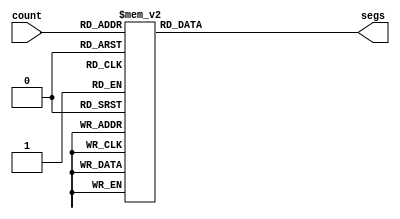
`default_nettype none
module seg10 (
    input wire [3:0] count,
    output reg [9:0] segs
);
	always @* begin

        case(count)
            0:  segs = 10'b1111111100;
            1:  segs = 10'b0011000000;
            2:  segs = 10'b1110111011;
            3:  segs = 10'b1111110011;
            4:  segs = 10'b0011000111;
            5:  segs = 10'b1101110111;
            6:  segs = 10'b0001111111;
            7:  segs = 10'b1111000000;
            8:  segs = 10'b1111111111;
            9:  segs = 10'b1111000111;
            10: segs = 10'b1111001111;
            11: segs = 10'b0001111111;
            12: segs = 10'b0000111011;
            13: segs = 10'b0011111011;
            14: segs = 10'b1100111111;
            15: segs = 10'b1100001111;
            default:    
               segs = 10'b0000000000;
        endcase

    end

endmodule